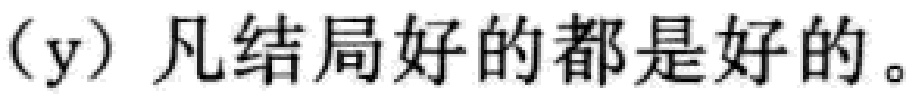
$(\mathrm{y})$ 凡结局好的都是好的。